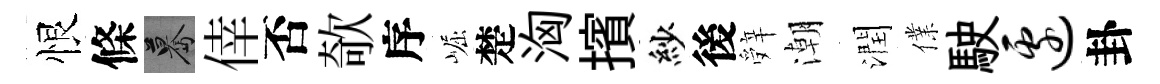
恨條驀倖否欹序崛楚洶擯紗後辤潮潤㒒駛边卦